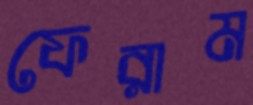
ফেরাম